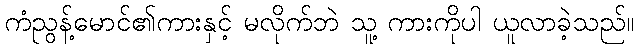
ကံညွန့်မောင်၏ကားနှင့် မလိုက်ဘဲ သူ့ ကားကိုပါ ယူလာခဲ့သည်။